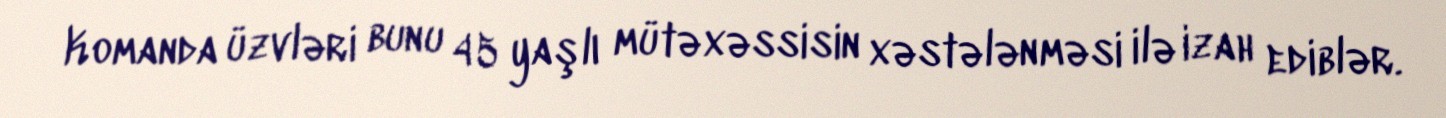
Komanda üzvləri bunu 45 yaşlı mütəxəssisin xəstələnməsi ilə izah ediblər.